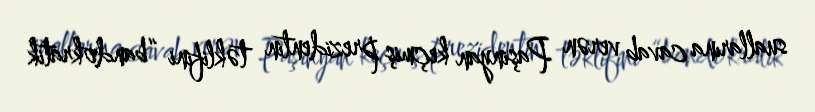
suallarına cavab verən Paşinyan keçmiş prezidentin təklifini “bandokratik